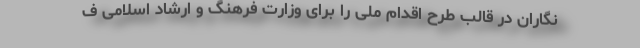
نگاران در قالب طرح اقدام ملی را برای وزارت فرهنگ و ارشاد اسلامی ف